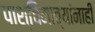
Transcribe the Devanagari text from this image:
पाश्चिमात्यांनाही